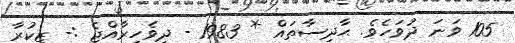
105 ވަނަ ދުވަހެވެ. ޙާދިސާތައް * 1983 - ދިވެހިރާއްޖެ :- ޒިކުރާ